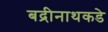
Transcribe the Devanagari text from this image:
बद्रीनाथकडे